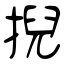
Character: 掜